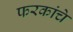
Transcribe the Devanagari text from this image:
फरकांचे